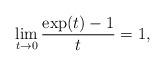
LaTeX: \begin{align*}\lim_{t\rightarrow 0}\frac{\exp(t)-1}{t}=1,\end{align*}